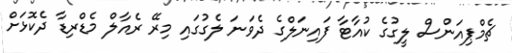
ޗެމްޕިއަންސް ލީގުގެ ކުއާޓާ ފައިނަލްގެ ދެވަނަ ލެގުގައި މިރޭ ރެއާލް މެޑްރިޑާ ދެކޮޅަށް